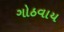
ગોઠવાય